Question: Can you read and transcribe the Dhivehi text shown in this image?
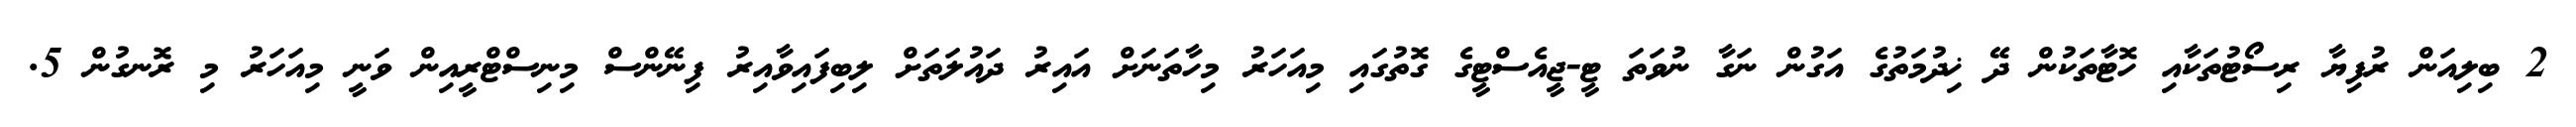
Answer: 2 ބިލިއަން ރުފިޔާ ރިސޯޓުތަކާއި ހޮޓާތަކުން ދޭ ޚިދުމަތުގެ އަގުން ނަގާ ނުވަތަ ޓީ-ޖީއެސްޓީގެ ގޮތުގައި މިއަހަރު މިހާތަނަށް އައިރު ދައުލަތަށް ލިބިފައިވާއިރު ފިނޭންސް މިނިސްޓްރީއިން ވަނީ މިއަހަރު މި ރޮނގުން 5.